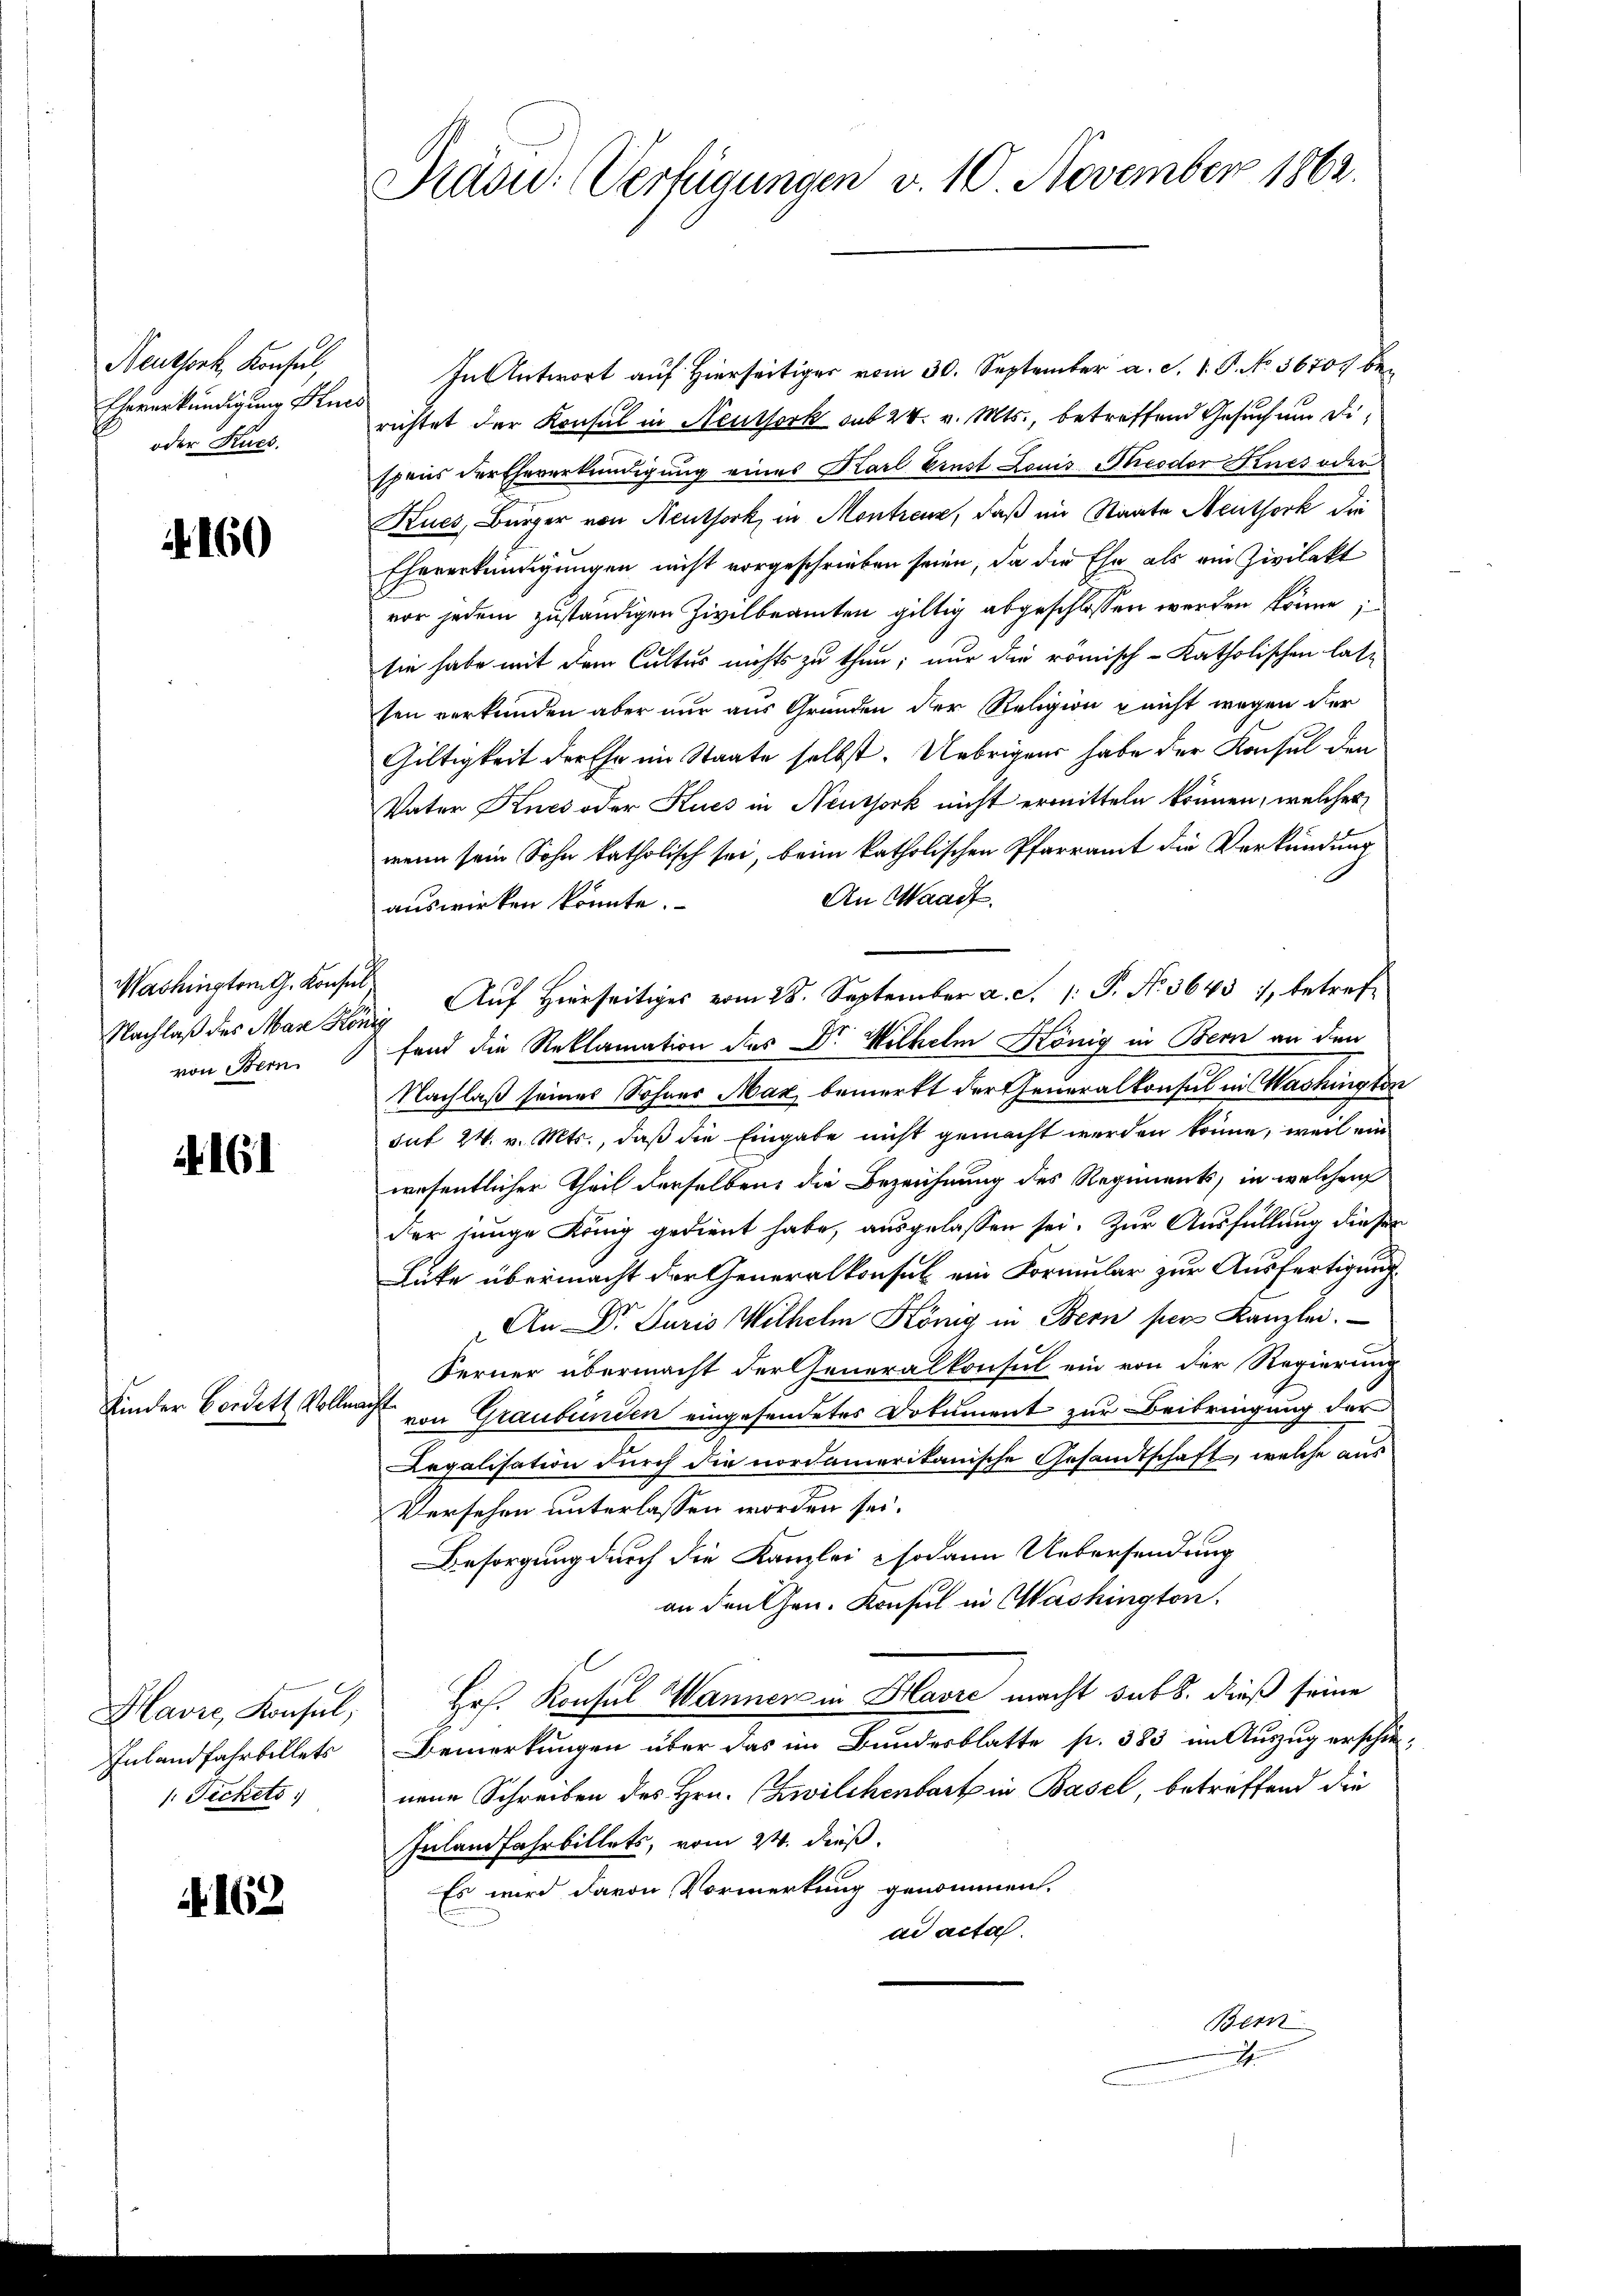
Neuthork, Konsul,
Eheverkündigung Kues
oder Kurs.

. 160

Washington G. Konsul
Nachlaß des Man Ste
von Bern

161

Kinder Cordett Vollmacht

Havre, Konsul,
Inland fahrbillets
: Fickels

. 162

Rasid: Verfügungen v. 10 November 1862.

In Antwort auf Hierseitig vom 30. September a. S. 1. P. No 5670 berichtet der Konsul in Neuthork sub 24. v. Mts., betreffend Gesuch um Dispens der Eheverkrindigung eines Karl Einst Louis Theodor Knes oder
Kues, Bürger von Neuthork, in Montreuz, daß im Staate Neuthork die
Ehererkündigungen nicht vorgeschrieben seien, da die Ehe als ein Zivilakt
vor jedem zuständigen Zivilbeamten giltig abgeschlossen werden könne;
sie habe mit dem Cultus nichts zu thun; nur die römisch-katholischen las-
sen verkunden aber nur aus Gründen der Religion nicht wegen der
Gültigkeit der Ehe im Staate selbst. Uebrigens habe der Konsul den
Vater Knes oder Kues in Neuthork nicht ermitteln können, welches
wenn sein Sohn katholisch sei, beim katholischen Pfarramt die Verkündung
An Waadt.
auswirken könnte.
 Aŭf Herrseitiges vom 28. September a. S. 1: P. Nr. 36431, betref
fend die Reklamation des Dr. Wilhelm König in Bern an den
Nachlaß seines Sohnes Max bemerkt der Generalkonsul in Washington
sut 24. v. Mts., daß die Eingabe nicht gemacht werden könne, weil ein
wesentlicher Theil derselben die Bezeichnung des Regiments, in welchen
der junge König gedient habe, ausgelassen sei. Zur Ausfüllung dieser
Luke übermacht der Generalkonsul ein Formular zur Ausfertigung
An Dr. Juris Wilhelm König in Bern per Kanzlei.
Ferner übermacht der Generalkonsul ein von der Regierung
von Graubünden eingesendetes Dokument zur Beibringung der
Legalisation durch die nordamerikanische Gesamtschaft, welche aus
Versehen unterlassen worden sei.
Besorgung durch die Kanzlei sodann Uebersendung
an den Gen. Konsul in Washington.
Ers. Konsul Wannen in Havre macht sub 8. dieß seine
Bemerkungen über das im Bundesblatte p. 383 im Auszug erschienene Schreiben des Hrn. Zwilchenbart in Basel, betreffend die
Inland Fahrbillets, vom 24. dieß.
Es wird davon Vormerkung genommen.
ad acta.
Bern
.